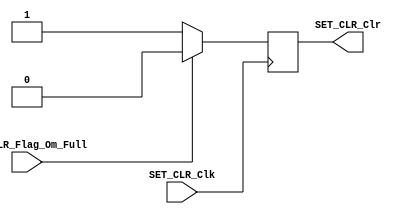
/*#########################################################################
//# Module for control the clear signal of the set enable function
//#########################################################################
//#
//# Copyright (C) 2021 Jose Maria Jaramillo Hoyos
//# 
//# This program is free software: you can redistribute it and/or modify
//# it under the terms of the GNU General Public License as published by
//# the Free Software Foundation, either version 3 of the License, or
//# (at your option) any later version.
//#
//# This program is distributed in the hope that it will be useful,
//# but WITHOUT ANY WARRANTY; without even the implied warranty of
//# MERCHANTABILITY or FITNESS FOR A PARTICULAR PURPOSE.  See the
//# GNU General Public License for more details.
//#
//# You should have received a copy of the GNU General Public License
//# along with this program.  If not, see <https://www.gnu.org/licenses/>.
//#
//########################################################################*/

module SET_CLR(

input SET_CLR_Clk,
input SET_CLR_Flag_Om_Full,
output SET_CLR_Clr

);

//=======================================================
//  REG/WIRE DECLARATIONS
//=======================================================
reg SetEn_Clr;

//============================================================
// SEQUENTIAL LOGIC 
//============================================================
always @(negedge SET_CLR_Clk )
begin
	if(SET_CLR_Flag_Om_Full)
		SetEn_Clr<=1'b0;
	else
		SetEn_Clr<=1'b1;

end


//============================================================
// COMBINATIONAL OUTPUT LOGIC
//============================================================

assign SET_CLR_Clr=SetEn_Clr;

endmodule